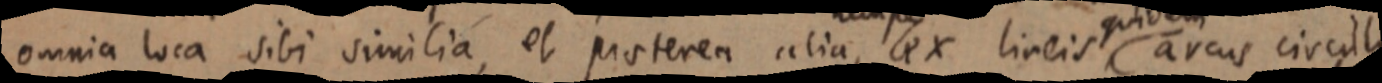
omnia loca sibi similia, et proterea alia, ex lineis quidem arcus circulli